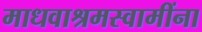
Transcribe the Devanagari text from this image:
माधवाश्रमस्वामींना